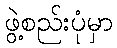
ဖွဲ့စည်းပုံမှာ